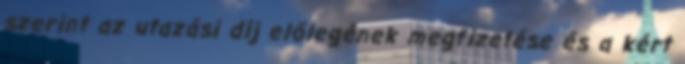
szerint az utazási díj előlegének megfizetése és a kért